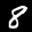
Label: 8